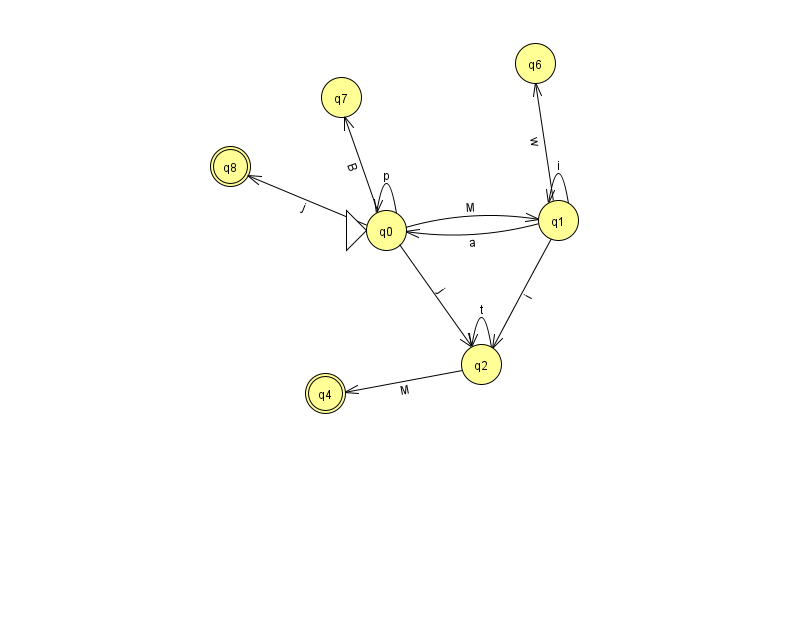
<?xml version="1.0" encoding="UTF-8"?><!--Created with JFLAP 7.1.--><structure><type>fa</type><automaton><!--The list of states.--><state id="0" name="q0"><x>386.0</x><y>217.0</y><initial/></state><state id="1" name="q1"><x>558.0</x><y>207.0</y></state><state id="2" name="q2"><x>481.0</x><y>351.0</y></state><state id="4" name="q4"><x>325.0</x><y>380.0</y><final/></state><state id="6" name="q6"><x>535.0</x><y>50.0</y></state><state id="7" name="q7"><x>341.0</x><y>84.0</y></state><state id="8" name="q8"><x>230.0</x><y>153.0</y><final/></state><!--The list of transitions.--><transition><from>0</from><to>0</to><read>p</read></transition><transition><from>0</from><to>7</to><read>B</read></transition><transition><from>0</from><to>1</to><read>M</read></transition><transition><from>2</from><to>2</to><read>t</read></transition><transition><from>1</from><to>2</to><read>i</read></transition><transition><from>1</from><to>6</to><read>w</read></transition><transition><from>0</from><to>2</to><read>j</read></transition><transition><from>1</from><to>1</to><read>i</read></transition><transition><from>2</from><to>4</to><read>M</read></transition><transition><from>0</from><to>8</to><read>j</read></transition><transition><from>1</from><to>0</to><read>a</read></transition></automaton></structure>